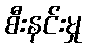
စီးနင်းမှု